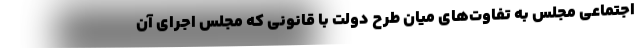
اجتماعی مجلس به تفاوت‌های میان طرح دولت با قانونی که مجلس اجرای آن